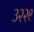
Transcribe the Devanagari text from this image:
३२२९